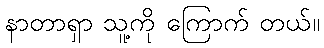
နာတာရှာ သူ့ကို ကြောက် တယ်။